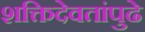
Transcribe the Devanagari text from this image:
शक्तिदेवतांपुढे